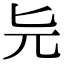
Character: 𠤐